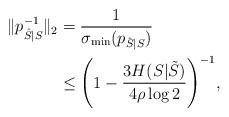
LaTeX: \begin{align*}\|p^{-1}_{\hat{S}|S}\|_2&=\frac{1}{\sigma_{\min}(p_{\hat{S}|S})}\\&\leq\Bigg(1-\frac{3H(S|\tilde{S})}{4\rho\log 2}\Bigg)^{-1},\end{align*}